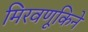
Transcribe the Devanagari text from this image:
मिरवणूकिने